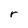
Character: r